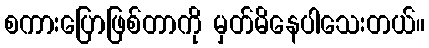
စကားပြောဖြစ်တာကို မှတ်မိနေပါသေးတယ်။